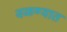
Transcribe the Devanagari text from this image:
वळण्यात